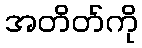
အတိတ်ကို